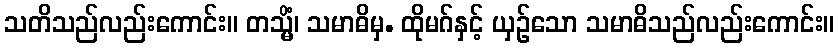
သတိသည်လည်းကောင်း။ တသ္မိံ၊ သမာဓိမှ. ထိုမဂ်နှင့် ယှဉ်သော သမာဓိသည်လည်းကောင်း။